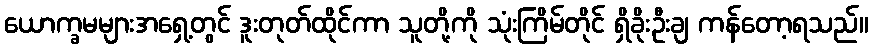
ယောက္ခမများအရှေ့တွင် ဒူးတုတ်ထိုင်ကာ သူတို့ကို သုံးကြိမ်တိုင် ရှိခိုးဦးချ ကန်တော့ရသည်။